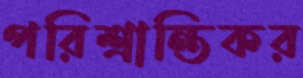
পরিশ্রান্তিকর